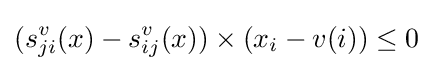
(s_{ji}^{v}(x)-s_{ij}^{v}(x))\times (x_{i}-v(i))\leq 0